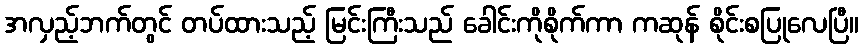
အလှည့်ဘက်တွင် တပ်ထားသည့် မြင်းကြီးသည် ခေါင်းကိုစိုက်ကာ ကဆုန် စိုင်းစပြုလေပြီ။